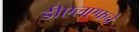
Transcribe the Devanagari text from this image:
डीएलएफचे